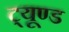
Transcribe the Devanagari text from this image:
ट्यूण्ड